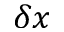
\delta x